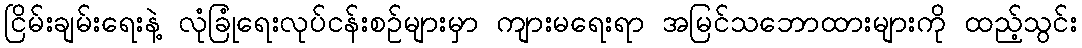
ငြိမ်းချမ်းရေးနဲ့ လုံခြုံရေးလုပ်ငန်းစဉ်များမှာ ကျားမရေးရာ အမြင်သဘောထားများကို ထည့်သွင်း